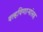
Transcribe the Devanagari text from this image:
वल्हविणाऱ्यांसह